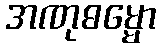
အဏုဓမ္မော